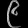
Digit: ၉